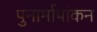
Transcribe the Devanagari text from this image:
पुनार्मापांकन